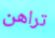
تراهن